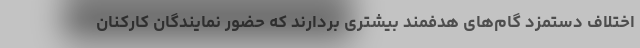
اختلاف دستمزد گام‌های هدفمند بیشتری بردارند که حضور نمایندگان کارکنان